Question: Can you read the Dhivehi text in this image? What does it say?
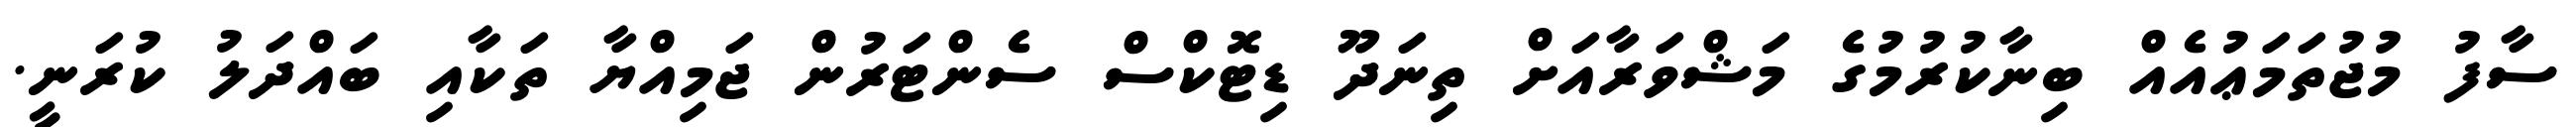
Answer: ސާފު މުޖުތަމަޢުއެއް ބިނާކުރުމުގެ މަޝްވަރާއަށް ތިނަދޫ ޑިޓޮކްސް ސެންޓަރުން ޖަމިއްޔާ ތަކާއި ބައްދަލު ކުރަނީ.